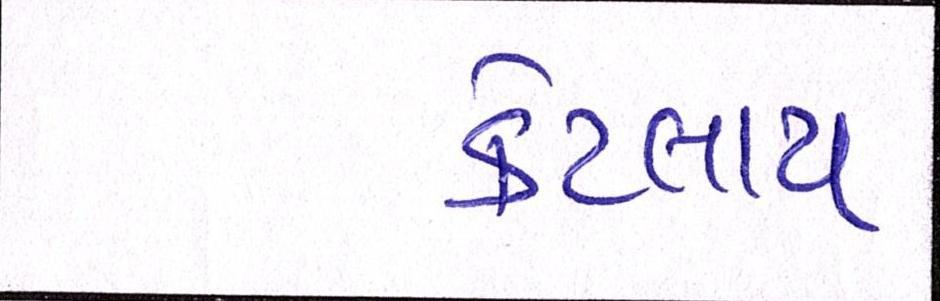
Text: કેટલાય